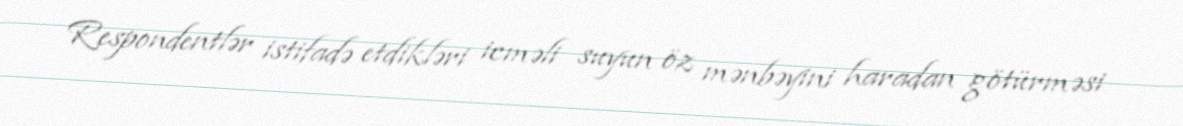
Respondentlər istifadə etdikləri icməli suyun öz mənbəyini haradan götürməsi